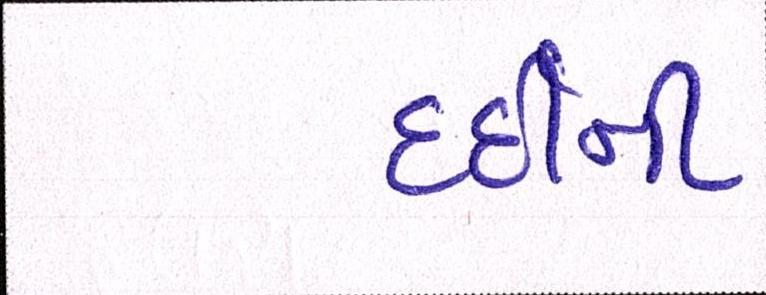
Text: દર્દીની